Calcutta medical institutions reports 1879-81 [i.e.91]
Year: 1879
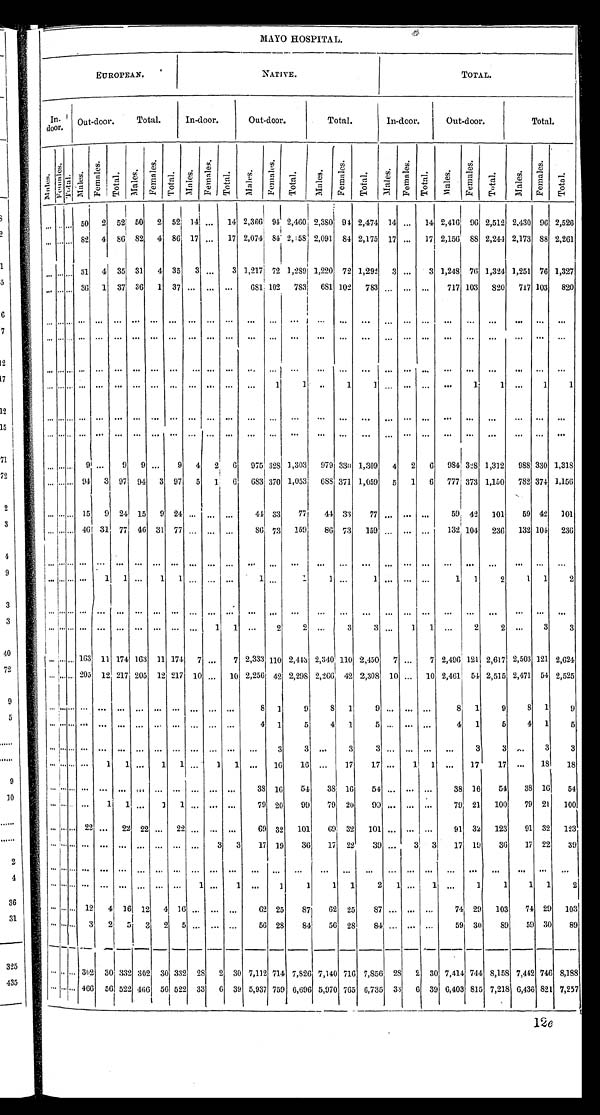
MAYO HOSPITAL.
EUROPEAN.
NATIVE.
TOTAL.
In-door. r Out-door. Total.
In-door.
Out-door.
Total.
I n - d o o r .
Out-door.
Total.
Mal es.
F e m a l e s . To t a l . Males.
F e ma l e s .
Tot al . Ma l e s .
F e ma l e s .
Tot al . Ma l e s . Fe ma l e s . Tot al . Ma l e s . F e ma l e s . T o t a l .
M a l e s . Females. Total. Ma l e s . F e ma l e s .
Total. Mal es .
F e ma l e s .
Tot al . Ma l e s .
F e ma l e s .
Total.
. . . . . . . . . 5 0 2 5 2 5 0 2 5 2
1 4 . . .
1 4
2 , 3 6 6 9 4
2 , 4 6 0
2 , 3 8 0 9 4
2 , 4 7 4 1 4 . . .
1 4
2 , 4 1 6 9 3
2 , 5 1 2
2 , 4 3 0 9 6
2 , 5 2 6
. . . . . . . . . 8 2 4 8 6 8 2 4 8 6
1 7 . . .
1 7
2 , 0 7 4 8 4
2 , 0 9 1 8 4
2 , 1 7 5 1 7 . . .
1 7
2 , 1 5 6 8 8
2 , 2 4 4
2 , 1 7 3 8 8
2 , 2 6 1
. . . . . . . . . 3 1 4 3 5 3 1 4 3 5
3 . . .
3
1 , 2 1 7 7 2
1 , 2 8 9
1 , 2 2 0 7 2
1 , 2 9 2 3 . . .
3
1 , 2 4 8 7 6
1 , 3 2 4
1 , 2 5 1 7 6
1 , 3 2 7
. . . . . . . . . 3 6 1 3 7 3 6 1 3 7 . . . . . . . . .
6 8 1 1 0 2
7 8 3
6 8 1 1 0 2
7 8 3 . . . . . . . . .
7 1 7 1 0 3
8 2 0
7 1 7 1 0 3
8 2 0
. . . . . . . . . . . . . . . . . . . . . . . . . . . . . . . . . . . . .
. . .
. . .
. . .
. . .
. . .
. . .
. . . . . . . . .
. . .
. . .
. . .
. . . . . .
. . .
. . . . . . . . . . . . . . . . . . . . . . . . . . . . . . . . . . . . .
. . . . . .
. . .
. . .
. . .
. . .
. . . . . . . . .
. . .
. . .
. . .
. . .
. . .
. . .
. . . . . . . . . . . . . . . . . . . . . . . . . . .
. . . . . . . . .
. . . . . .
. . .
. . .
. . . . . .
. . . . . . . . .
. . .
. . .
. . .
. . . . . .
. . .
. . . . . . . . . . . . . . . . . . . . . . . . . . . . . . . . . . . .
. . .
1
1
. . .
1
1
. . . . . . . . .
. . . 1
1
. . . 1
1
. . . . . . . . . . . . . . . . . . . . . . . . . . . . . . . . . . . .
. . .
. . .
. . .
. . .
. . .
. . .
. . . . . . . . .
. . .
. . .
. . .
. . . . . .
. . .
. . . . . . . . . . . . . . . . . . . . . . . . . . . . . . . . . . . .
. . .
. . .
. . .
. . .
. . .
. . .
. . . . . . . . .
. . .
. . .
. . .
. . . . . .
. . .
. . . . . . . . . 9 . . . 9 9
. . . 9
4
2 6
9 7 5 3 2 8
1 , 3 0 3
9 7 9 3 3 0
1 , 3 0 9 4 2 6
9 8 4 3 2 8
1 , 3 1 2
9 8 8 3 3 0
1 , 3 1 8
. . . . . .
. . . 9 4 3 9 7 9 4
3
9 7
5
1 6
6 8 3 3 7 0
1 , 0 5 3
6 8 8 3 7 1
1 , 0 5 9 5 1 3
7 7 7 3 7 3
2 , 1 5 0
7 8 2 3 7 4
1 , 1 5 6
. . . . . . . . . 1 5 9 2 4 1 5 9 2 4
. . . . . .
. . .
4 4 3 3
7 7
4 4 3 3
7 7 . . . . . . . . .
5 9 4 2
1 0 1
5 9 4 2
1 0 1
. . . . . . . . . 4 6 3 1 7 7 4 6 3 1 7 7
. . .
. . . . . .
8 6 7 3
1 5 9
8 6 7 3
1 5 9 . . . . . . . . .
1 3 2 1 0 4
2 3 6
1 3 2 1 0 4
2 3 6
. . . . . . . . . . . . . . . . . . . . . . . . . . .
. . . . . . . . .
. . . . . .
. . .
. . . . . .
. . . . . . . . . . . .
. . . . . .
. . .
. . . . . .
. . .
. . . . . . . . . . . .
1
1
. . .
1
1
. . . . . . . . .
1 . . .
1
1
. . .
1
. . .
. . .
. . .
1
1
2
1
1
2
. . . . . . . . . . . . . . . . . . . . . . . . . . .
. . . . . . . . .
. . . . . .
. . . .
. . . . . .
. . . . . . . . . . . .
. . . . . .
. . .
. . . . . .
. . .
. . . . . . . . . . . . . . . . . . . . . . . . . . .
. . . 1 1
. . . 2
2
. . .
3
3
. . . 1
1 . . .
2
2 . . .
3
3
. . . . . . . . . 1 6 3 1 1 1 7 4 1 6 3 1 1 1 7 4 7
. . . 7
2 , 3 3 3 1 1 0
2 , 4 4 3
2 , 3 4 0 1 1 0
2 , 4 5 0 7 . . .
7
2 , 4 9 6 1 2 1
2 , 6 1 7
2 , 5 0 3 1 2 1
2 , 6 2 4
. . .
. . . . . .
2 0 5 1 2 2 1 7 2 0 5 1 2
2 1 7 1 0
. . . 1 0
2 , 2 5 6 4 2
2 , 2 9 8
2 , 2 6 6 4 2
2 , 3 0 8 1 0 . . . 1 0
2 , 4 6 1 5 4
2 , 5 1 5
2 , 4 7 1 5 4
2 , 5 2 5
. . .
. . . . . . . . . . . . . . . . . . . . . . . .
. . . . . . . . .
8 1
9 8
1 9
. . . . . . . . .
8 1
9
8 1
9
. . . . . . . . . . . . . . . . . . . . . . . . . . .
. . . . . . . . .
4 1 5
4
1 5
. . . . . . . . .
4 1
5 4
1
5
. . . . . . . . . . . . . . . . . . . . . . . . . . .
. . . . . . . . .
. . . 3
3
. . .
3 3
. . . . . . . . .
. . . 3 3
. . . 3
3
. . .
. . . . . . . . .
1 1
. . . 1 1
. . . 1 1
. . . 1 6
1 6 . . .
1 7
1 7
. . .
1
1
. . . 1 7
1 7
. . . 1 8
1 8
. . . . . . . . . . . . . . . . . . . . . . . . . . .
. . . . . . . . .
3 8 1 6
5 4 3 8
1 6 5 4
. . . . . . . . .
3 8 1 6 5 4
3 8 1 6 5 4
. . . . . . . . . . . . 1 1 . . . 1 1
. . . . . . . . .
7 9 2 0 9 9
7 9
2 0 9 9
. . . . . . . . .
7 9 2 1
1 0 0
7 9 2 1
1 0 0
. . . . . . . . . 2 2 . . . 2 2 2 2
. . . 2 2
. . . . . . . . .
6 9 3 2 1 0 1
6 9
3 2
1 0 1 . . .
. . . . . .
9 1 3 2 1 2 3
9 1 3 2 1 2 3
. . . . . . . . . . . . . . . . . . . . . . . . . . . . . . .
3 3
1 7 1 9 3 6
1 7 2 2 3 9
. . .
3 3
1 7 1 9
3 6
1 7 2 2 3 9
. . . . . . . . . . . . . . . . . . . . . . . . . . . . . .
. . . . . .
. . . . . .
. . . .
. . . . . .
. . . . . . . . . . . .
. . . . . .
. . .
. . . . . .
. . .
. . . . . . . . . . . . . . . . . . . . . . . . . . .
1
. . . 1
. . . 1
1 1
1 2
1
. . . 1
. . . 1 1
1
1
2
. . . . . . . . . 1 2 4 1 6 1 2 4
1 6
. . . . . . . . .
6 2 2 5 8 7
6 2 2 5 8 7
. . . . . . . . .
7 4 2 9
1 0 8
7 4 2 9
1 0 3
. . .
. . .
. . . 3
2 5 3 2 5
. . . . . . . . .
5 6
2 8
8 4
5 6
2 8
8 4
. . . . . . . . .
5 9
3 0
8 9
5 9
3 0
8 9
. . . . . . . . .
3 0 2 3 0
3 3 2
3 0 2 3 0 3 3 2 2 8 2 3 0
7 , 1 1 2
7 1 4 7 , 8 2 6
7 , 1 4 0
7 1 6 7 , 8 5 6
2 8 2
3 0
7 , 4 1 4 7 4 4 8 , 1 5 8
7 , 4 4 2 7 4 6 8 , 1 8 8
. . . . . . . . . 4 6 6 5 6
5 2 2 4 6 6 5 6 5 2 2 3 3 6 3 9
5 , 9 3 7 7 5 9
6 , 6 9 6
5 , 9 7 0 7 6 5 6 , 7 3 5
3 3 6
3 9
6 , 4 0 3 8 1 5
7 , 2 1 8
6 , 4 3 6 8 2 1
7 , 2 5 7
12e